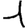
Digit: 1